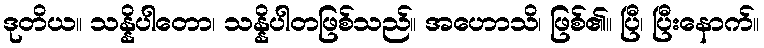
ဒုတိယ။ သန္နိပါတော၊ သန္နိပါတဖြစ်သည်။ အဟောသိ၊ ဖြစ်၏။ ပြီ၊ ပြီးနောက်။